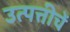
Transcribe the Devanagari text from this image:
उत्पत्तीचें